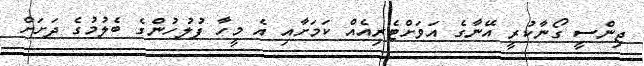
ޖިންސީ ގޯނާކުރީ އޭނާގެ އަވަށްޓެރިއެއް ކަމަށާއި އެ މީހާ ފުލުހުންގެ ބެލުމުގެ ދަށަށް